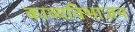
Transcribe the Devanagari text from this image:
काव्यविभाजन